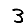
Digit: 3